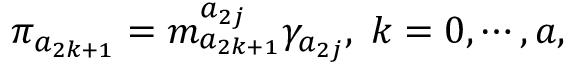
\pi _ { a _ { 2 k + 1 } } = m _ { a _ { 2 k + 1 } } ^ { a _ { 2 j } } \gamma _ { a _ { 2 j } } , \; k = 0 , \cdots , a ,